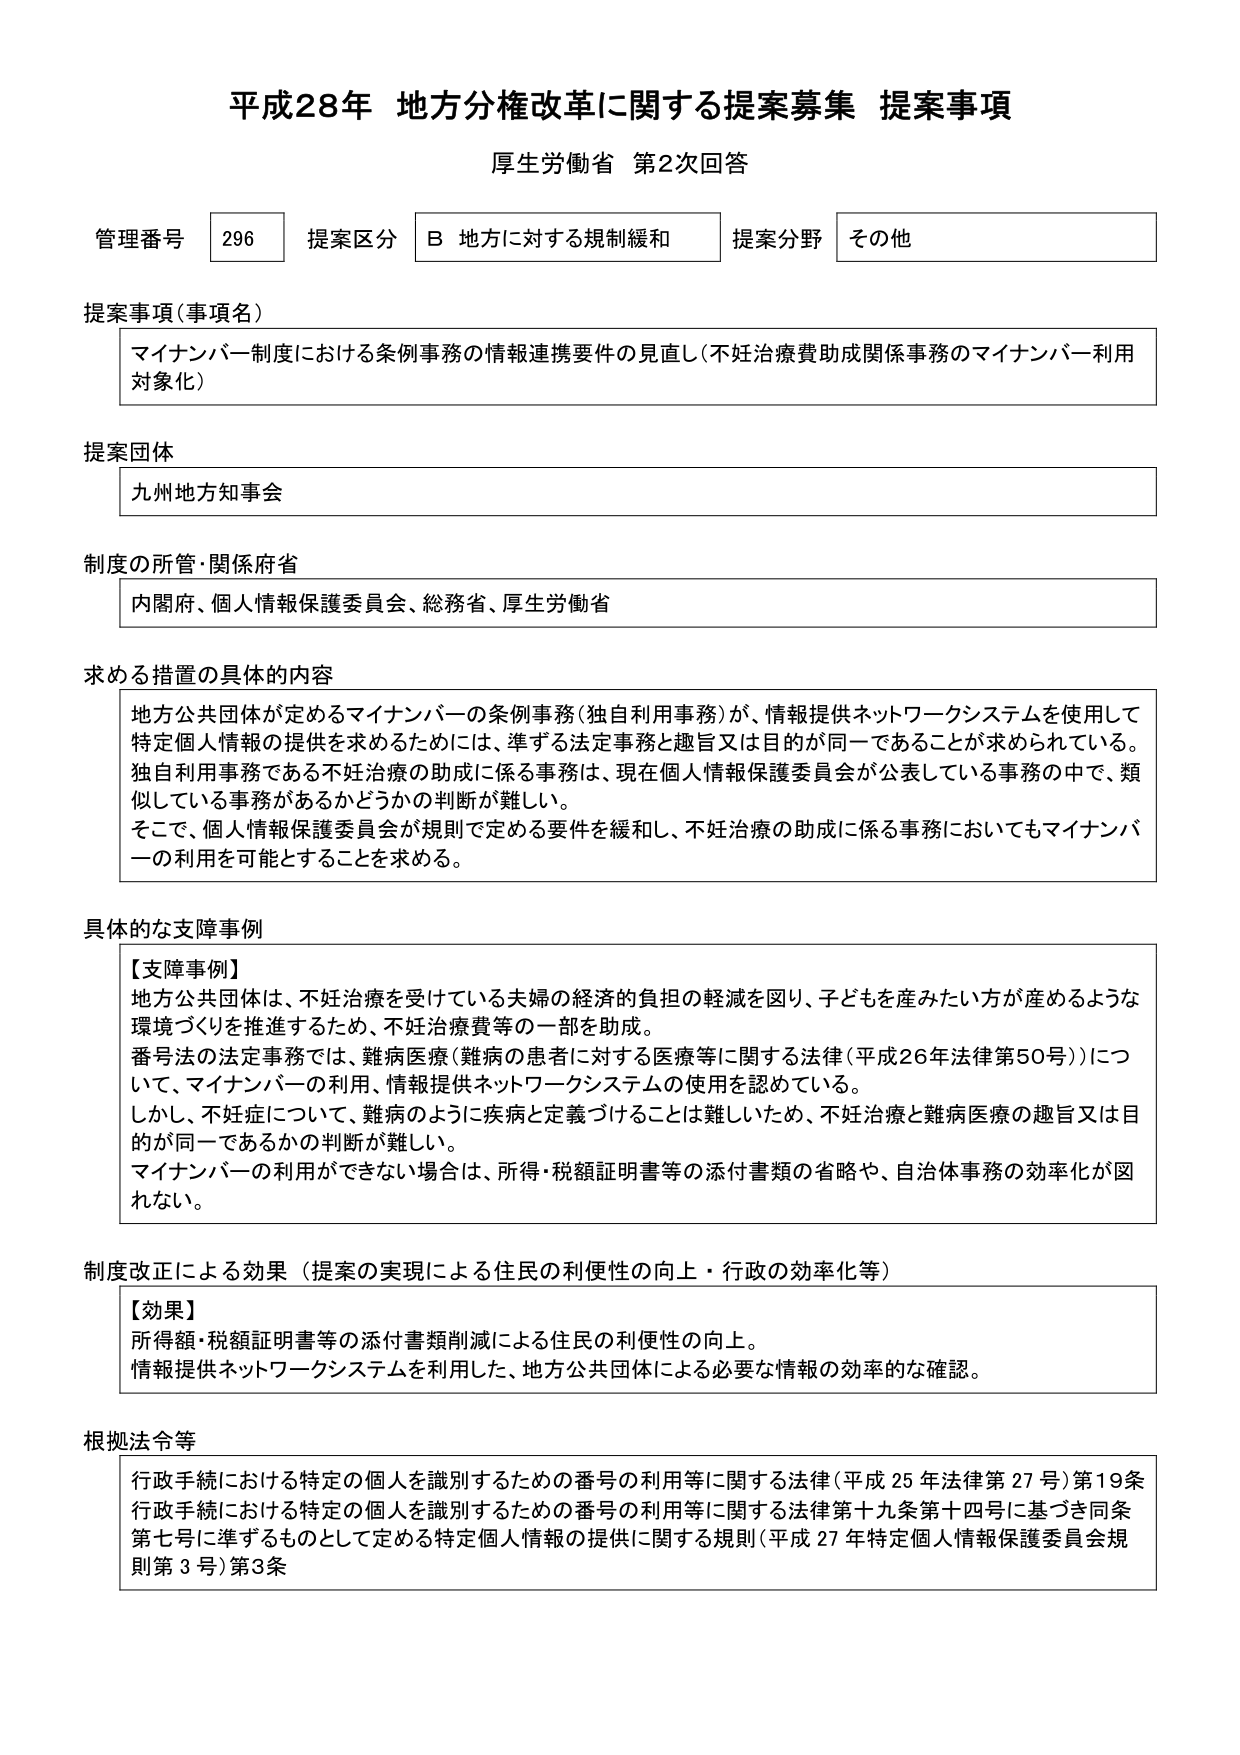
平成28年 地方分権改革に関する提案募集 提案事項
厚生労働省 第2次回答

管理番号 296 提案区分 B 地方に対する規制緩和 提案分野 その他

提案事項（事項名）
マイナンバー制度における条例事務の情報連携要件の見直し（不妊治療費助成関係事務のマイナンバー利用対象化）

提案団体
九州地方知事会

制度の所管・関係府省
内閣府、個人情報保護委員会、総務省、厚生労働省

求める措置の具体的内容
地方公共団体が定めるマイナンバーの条例事務（独自利用事務）が、情報提供ネットワークシステムを使用して特定個人情報の提供を求めるためには、準ずる法定事務と趣旨又は目的が同一であることが求められている。独自利用事務である不妊治療の助成に係る事務は、現在個人情報保護委員会が公表している事務の中で、類似している事務があるかどうかの判断が難しい。
そこで、個人情報保護委員会が規則で定める要件を緩和し、不妊治療の助成に係る事務においてもマイナンバーの利用を可能とすることを求める。

具体的な支障事例
【支障事例】
地方公共団体は、不妊治療を受けている夫婦の経済的負担の軽減を図り、子どもを産みたい方が産めるような環境づくりを推進するために、不妊治療費等の一部を助成。
番号法の法定事務では、難病医療（難病の患者に対する医療等に関する法律（平成26年法律第50号））について、マイナンバーの利用、情報提供ネットワークシステムの使用を認めている。
しかし、不妊症について、難病のように疾病と定義づけることは難しいため、不妊治療と難病医療の趣旨又は目的が同一であるかの判断が難しい。
マイナンバーの利用ができない場合は、所得・税額証明書等の添付書類の省略や、自治体事務の効率化が図れない。

制度改正による効果（提案の実現による住民の利便性の向上・行政の効率化等）
【効果】
所得額・税額証明書等の添付書類削減による住民の利便性の向上。
情報提供ネットワークシステムを利用した、地方公共団体による必要な情報の効率的な確認。

根拠法令等
行政手続における特定の個人を識別するための番号の利用等に関する法律（平成25年法律第27号）第19条
行政手続における特定の個人を識別するための番号の利用等に関する法律第十九条第十四号に基づき同条第七号に準ずるものとして定める特定個人情報の提供に関する規則（平成27年特定個人情報保護委員会規則第3号）第3条